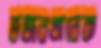
ডজনখানেক